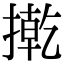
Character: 㨴